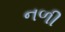
નળી